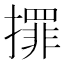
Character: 𢶀